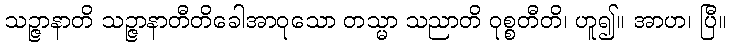
သဉ္ဇာနာတိ သဉ္ဇာနာတီတိခေါအာဝုသော တသ္မာ သညာတိ ဝုစ္စတီတိ၊ ဟူ၍။ အာဟ၊ ပြီ။